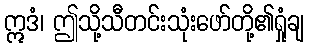
ဣဒံ၊ ဤသို့သီတင်းသုံးဖော်တို့၏ရှုံချ